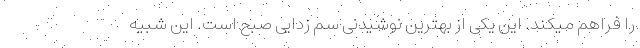
را فراهم میکند. این یکی از بهترین نوشیدنی سم زدایی صبح است. این شبیه